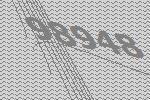
98948